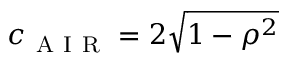
c _ { \mathrm { ~ A ~ I ~ R ~ } } = 2 \sqrt { 1 - \rho ^ { 2 } }